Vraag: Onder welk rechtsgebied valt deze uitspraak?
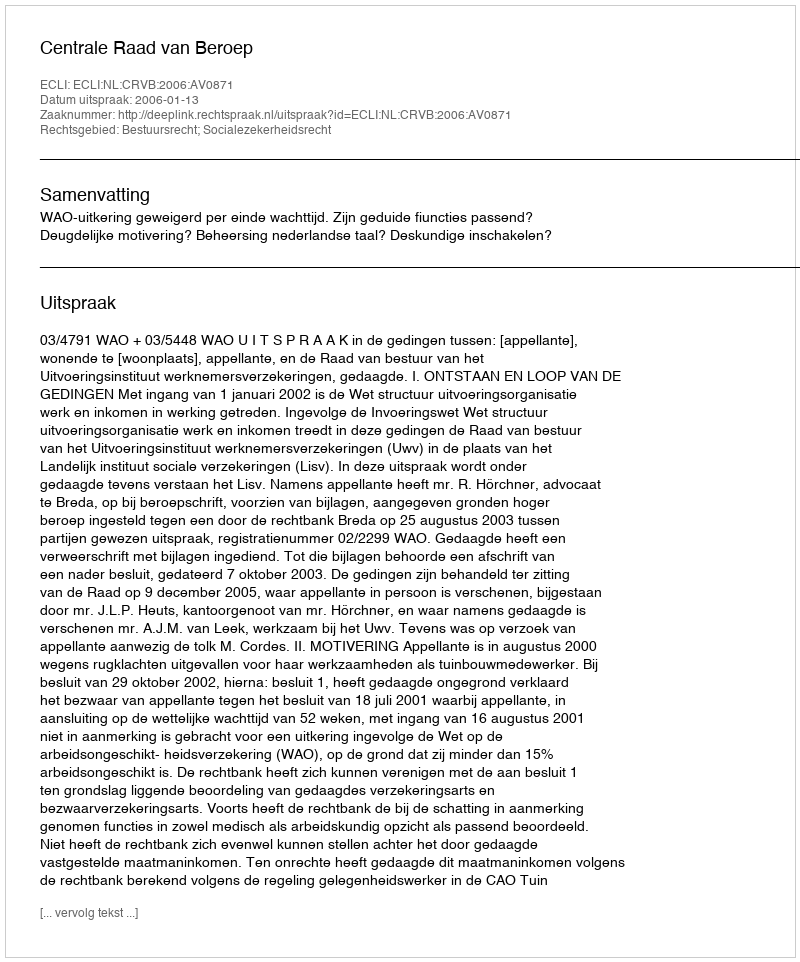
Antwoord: Bestuursrecht; Socialezekerheidsrecht